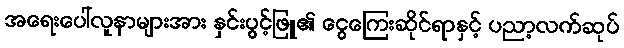
အရေးပေါ်လူနာများအား နှင်းပွင့်ဖြူ၏ ငွေကြေးဆိုင်ရာနှင့် ပညာ့လက်ဆုပ်